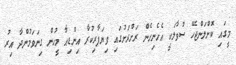
މީގައި ކޮށްލަންޖެހޭ ސުވާލަކީ އެހެނިހެން ރަށްރަށުގައި ވިޔަފާރިކުރާ އިންޑިއާ މީހުން ގިނަވަމުންދާ އިރު